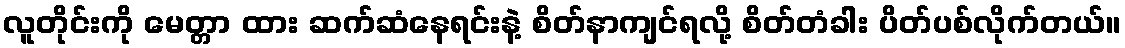
လူတိုင်းကို မေတ္တာ ထား ဆက်ဆံနေရင်းနဲ့ စိတ်နာကျင်ရလို့ စိတ်တံခါး ပိတ်ပစ်လိုက်တယ်။